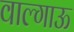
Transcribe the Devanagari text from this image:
वाल्गाऊ